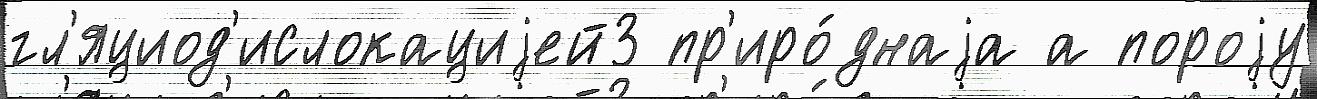
гл'яциод'ислокациjей3 пр'иро́днаjа а пороjу